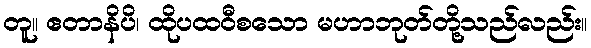
တူ။ ဧတာနိပိ၊ ထိုပထဝီစသော မဟာဘုတ်တို့သည်လည်း။